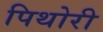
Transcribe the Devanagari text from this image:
पिथोरी